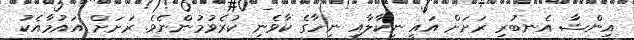
އިންޝާ އެނބުރި ރަށަށް އައީ ނިކާލާއި ނިހާގެ ކާވެނި ކުރެވުމުންނެވެ. ރަށަށް އައުމާއެކު